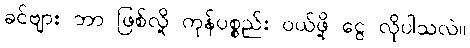
ခင်ဗျား ဘာ ဖြစ်လို့ ကုန်ပစ္စည်း ဝယ်ဖို့ ငွေ လိုပါသလဲ။